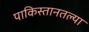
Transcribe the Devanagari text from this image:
पाकिस्तानतल्या